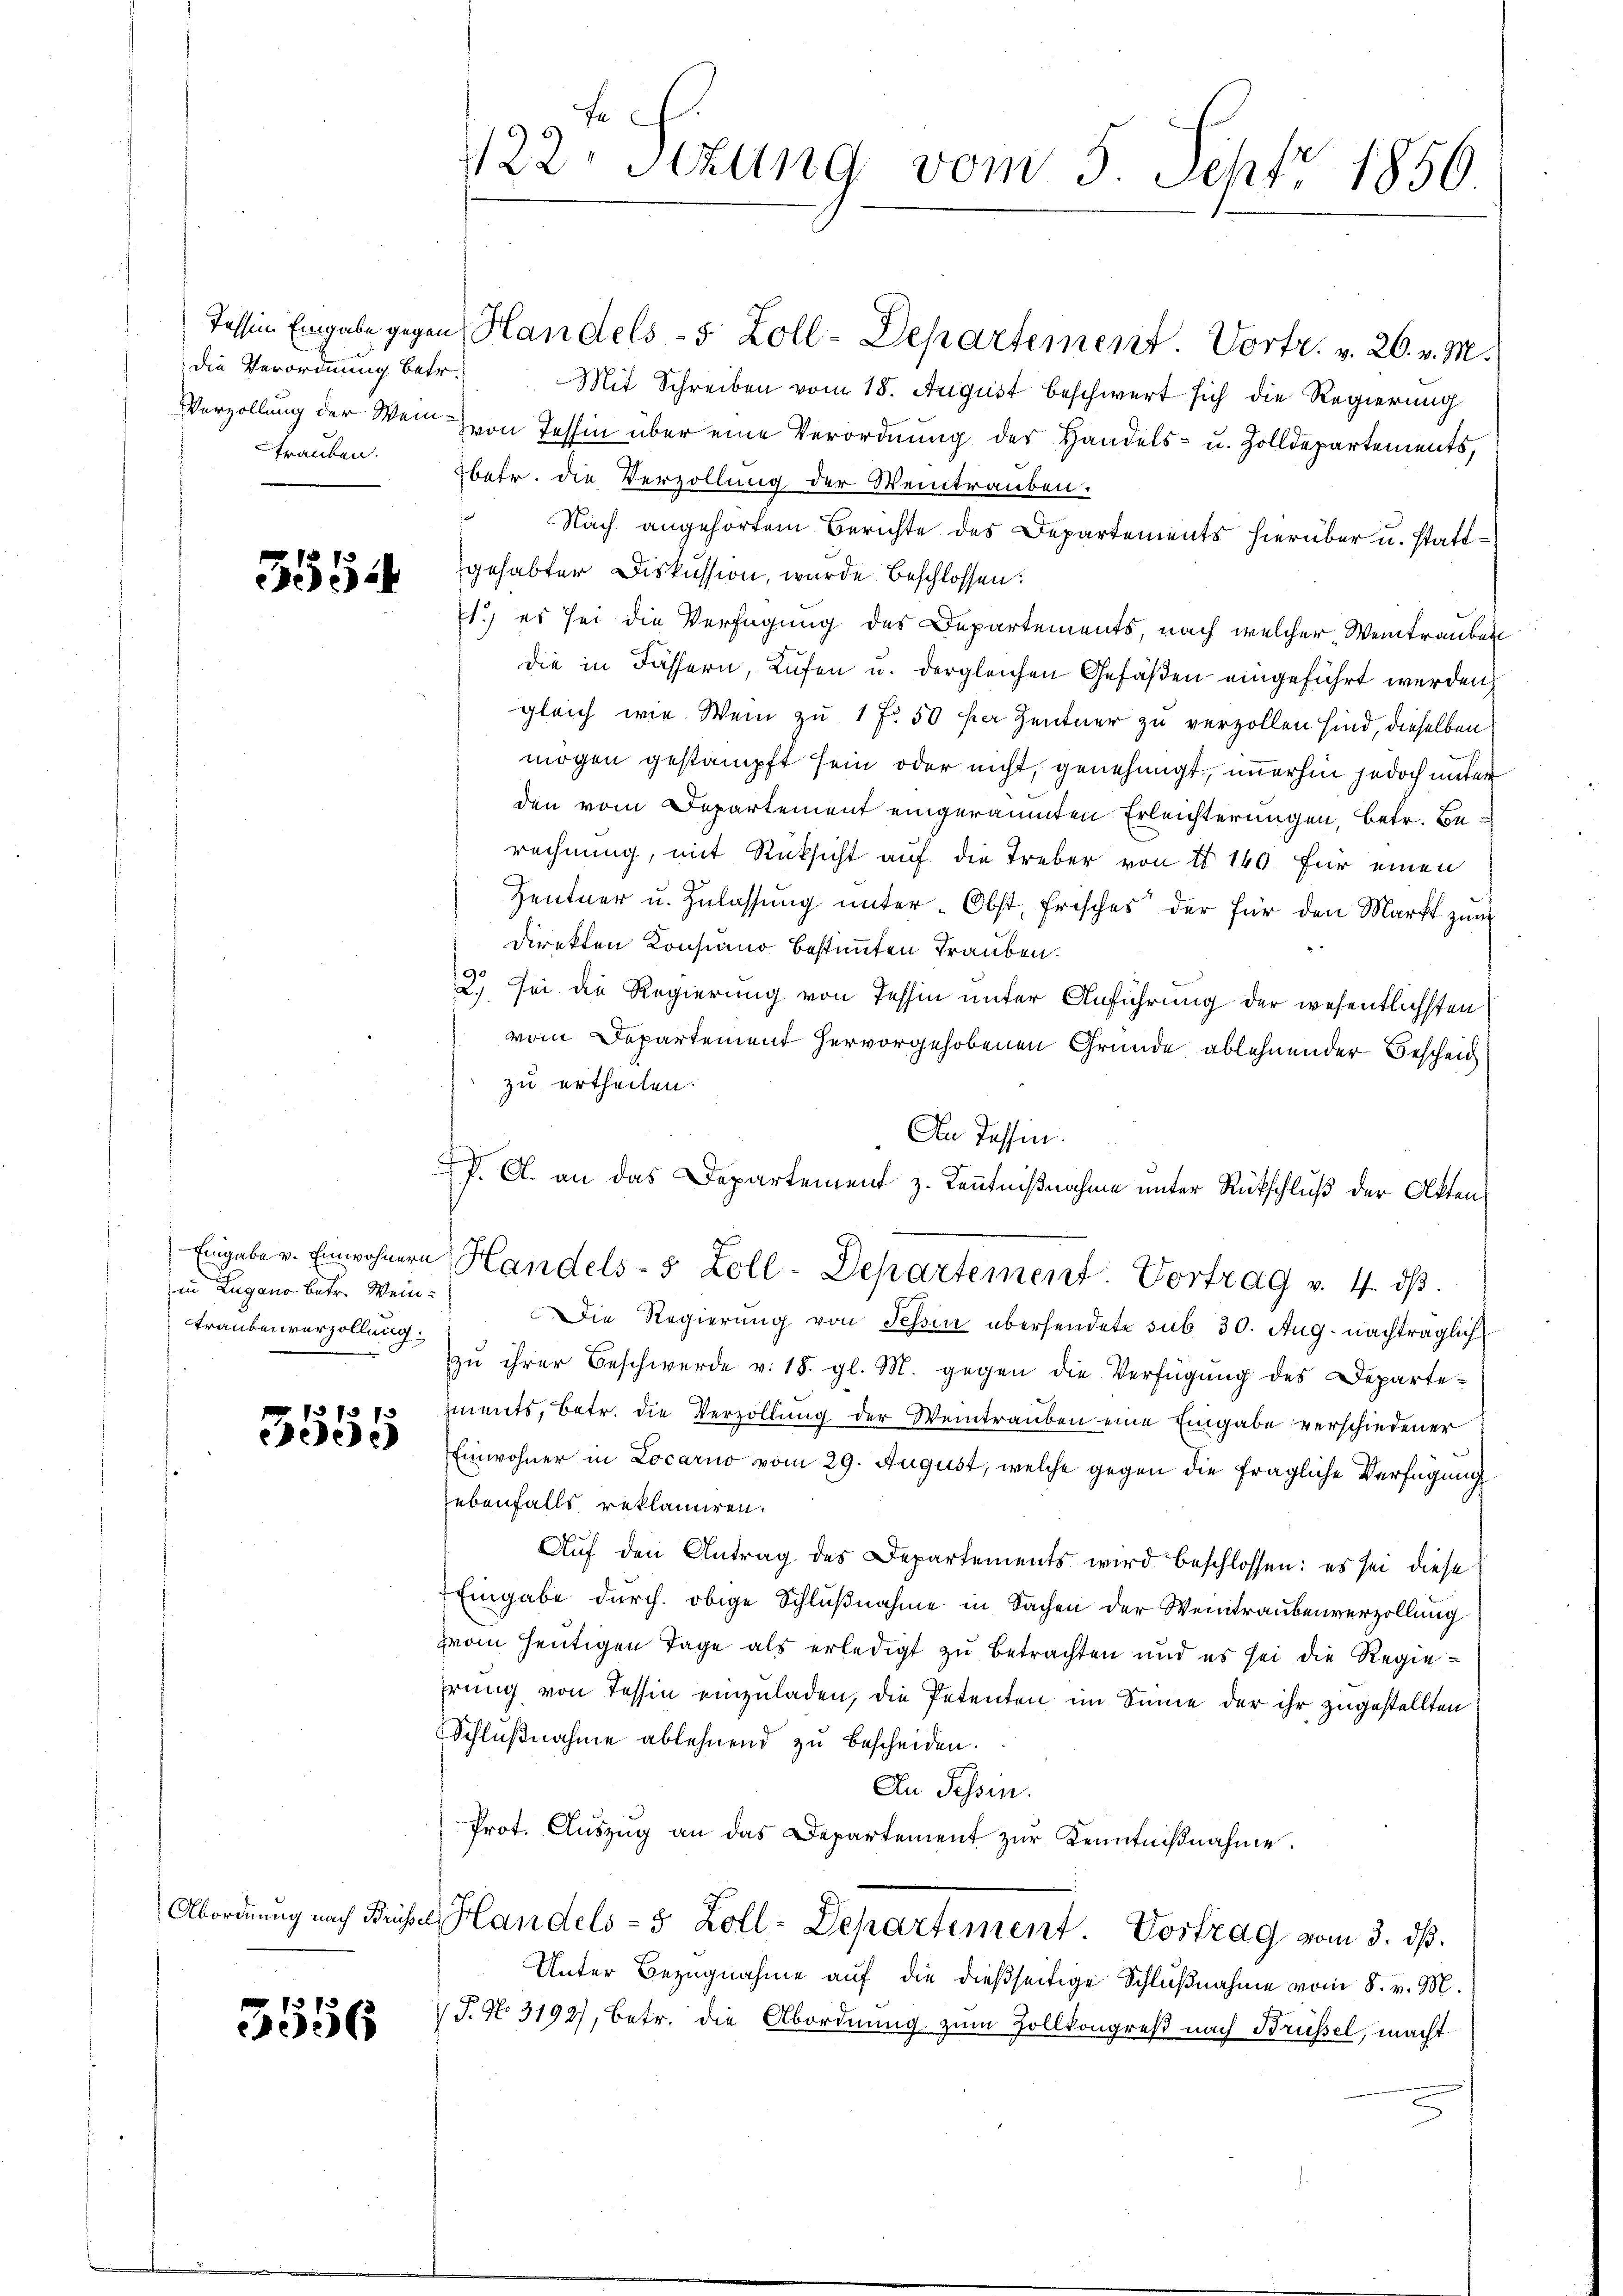
die Verordnung betr.

5554

Eingabe v. Einwohnern
in Lugano betr. Wein¬
Traubenverzollung.

73737
eede

Abordnung nach Brüssel

3556

122. Stzung vom 5. Sept 1856.

Mit Schreiben vom 18. August beschwert sich die Regierung
Verzollung der Wenn von Tessin über eine Verordnung der Handels- u. Zolldepartements,
trauben betr. die Verzollung der Weintrauben.
Nach angehörtem Berichte des Departements hierüber u. stattgehabter Diskussion, wurde beschlossen:
1.) es sei die Verfügung des Departements, nach welcher Weintrauben
die in Fässern, Lufen u. dergleichen Gefäßen eingeführt werden,
gleich wie Wein zu 1 f 50 ha Zentner zu verzollen sind, dieselben
mögen gestampft sein oder nicht, genehmigt, immerhin jedoch unter
den vom Departement eingeräumten Erleichterungen, betr. Berechnung, mit Rücksicht auf die Treber von I 140 für einen
Hentner u. Zulassŭng ŭnter Obst, frisches der für den Markt zum
direkten Konsiano bestimmten Trauben.
2.) sei die Regierung von Tessin unter Anführung der wesentlichsten
vom Departement hervorgehobenen Gründe ablehnender Bescheid
zu ertheilen.
Die Regierŭng von Tessin übersendete sub 30. Aug. nachträglich
zu ihrer Beschwerde v. 18. gl. M. gegen die Verfügung des Departeiments, betr. die Verzollung der Weintrauben eine Eingabe verschiedener
Einwohner in Locarno vom 29. August, welche gegen die fragliche Verfügung
ebenfalls reklamiren.
Auf den Antrag des Departements wird beschlossen: es sei diese
Eingabe durch obige Schlußnahme in Sachen der Weintraubenverzollung
zon heutigen Tage als erledigt zu Betrachten und es sei die Regiehrung von Tessin einzuladen, die Petenten im Sinne der ihr zugestellten
Schlŭβnahme ablehnend zu bescheiden.
An Tessin.
Prot. Aŭszŭg an das Departement zŭr Kenntniβnahme.
Handels-5 Zoll-Departement. Vostrag vom 3. dβ.
Unter Bezugnahme auf die dießseitige Schlußnahme vom 8. v. M.
 J. No. 3192), betr. die Abordnung zum Zollkongreß nach Brüssel, macht

An Tessin.
n
P. A. an das Departement z. Kenntnißnahme unter Rütschluß der Atten¬
Handels- & Zoll-Departement. Vortrag v. 4. dβ.

Tession Eingabe gegen Handels- 5 Zoll-Departement. Vortr. v. 26. v. M.